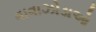
વાવાઝોડાઓ